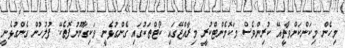
މިހެން މިކަންކަންވާތީއޭ ކުރިންވެސް މަކޮމެންޓްކުރީ މިރާއްޖޭގައި ކޯޓްތަކުގައި ގެންގުޅެނީ ވަކިގާނޫނުފޮތެކޭ. ފުލުހުން ގެންގުޅެނީ